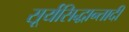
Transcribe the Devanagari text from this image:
सूर्यसिद्धान्तादी